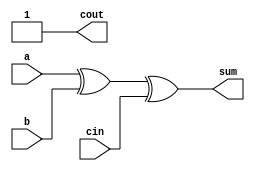
module full_adder1(a,b,cin,sum,cout);
input a,b,cin;
output sum,cout;
assign sum = a^b^cin;
assign cout = 1'b1|cin&(a|b); 
// initial begin
//     $display("The incorrect adder with and0 and or2 having out/1 and in1/1");
// end   
endmodule